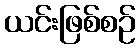
ယင်းဖြစ်စဉ်